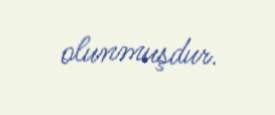
olunmuşdur.